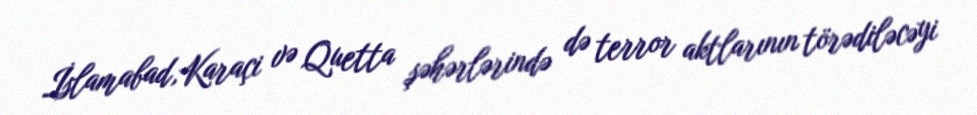
İslamabad,Karaçi və Quetta şəhərlərində də terror aktlarının törədiləcəyi